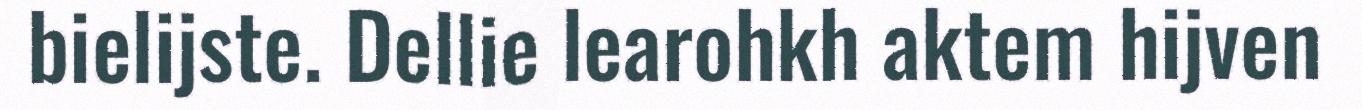
bielijste. Dellie learohkh aktem hijven